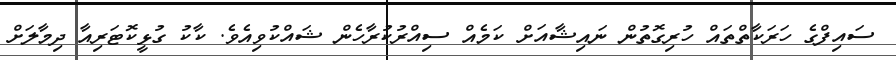
ސައިފްގެ ހަރަކާތްތައް ހުރިގޮތުން ނައިޝާއަށް ކަމެއް ސިއްރުކުރާހެން ޝައްކުވިއެވެ. ކާކު ގުޅީކޮޓަރިއާ ދިމާލަށް